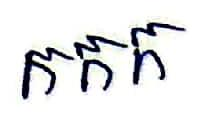
កកក